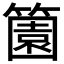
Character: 𬕶